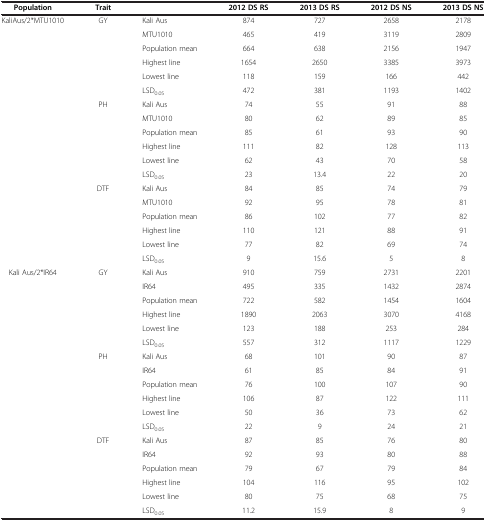
<table><thead><tr><td><b>Population</b></td><td><b>Trait</b></td><td><b> </b></td><td><b>2012 DS RS</b></td><td><b>2013 DS RS</b></td><td><b>2012 DS NS</b></td><td><b>2013 DS NS</b></td></tr></thead><tbody><tr><td>KaliAus/2*MTU1010</td><td>GY</td><td>Kali Aus</td><td>874</td><td>727</td><td>2658</td><td>2178</td></tr><tr><td> </td><td> </td><td>MTU1010</td><td>465</td><td>419</td><td>3119</td><td>2809</td></tr><tr><td> </td><td> </td><td>Population mean</td><td>664</td><td>638</td><td>2156</td><td>1947</td></tr><tr><td> </td><td> </td><td>Highest line</td><td>1654</td><td>2650</td><td>3385</td><td>3973</td></tr><tr><td> </td><td> </td><td>Lowest line</td><td>118</td><td>159</td><td>166</td><td>442</td></tr><tr><td> </td><td> </td><td>LSD<sub>0.05</sub></td><td>472</td><td>381</td><td>1193</td><td>1402</td></tr><tr><td> </td><td>PH</td><td>Kali Aus</td><td>74</td><td>55</td><td>91</td><td>88</td></tr><tr><td> </td><td> </td><td>MTU1010</td><td>80</td><td>62</td><td>89</td><td>85</td></tr><tr><td> </td><td> </td><td>Population mean</td><td>85</td><td>61</td><td>93</td><td>90</td></tr><tr><td> </td><td> </td><td>Highest line</td><td>111</td><td>82</td><td>128</td><td>113</td></tr><tr><td> </td><td> </td><td>Lowest line</td><td>62</td><td>43</td><td>70</td><td>58</td></tr><tr><td> </td><td> </td><td>LSD<sub>0.05</sub></td><td>23</td><td>13.4</td><td>22</td><td>20</td></tr><tr><td> </td><td>DTF</td><td>Kali Aus</td><td>84</td><td>85</td><td>74</td><td>79</td></tr><tr><td> </td><td> </td><td>MTU1010</td><td>92</td><td>95</td><td>78</td><td>81</td></tr><tr><td> </td><td> </td><td>Population mean</td><td>86</td><td>102</td><td>77</td><td>82</td></tr><tr><td> </td><td> </td><td>Highest line</td><td>110</td><td>121</td><td>88</td><td>91</td></tr><tr><td> </td><td> </td><td>Lowest line</td><td>77</td><td>82</td><td>69</td><td>74</td></tr><tr><td> </td><td> </td><td>LSD<sub>0.05</sub></td><td>9</td><td>15.6</td><td>5</td><td>8</td></tr><tr><td>Kali Aus/2*IR64</td><td>GY</td><td>Kali Aus</td><td>910</td><td>759</td><td>2731</td><td>2201</td></tr><tr><td> </td><td> </td><td>IR64</td><td>495</td><td>335</td><td>1432</td><td>2874</td></tr><tr><td> </td><td> </td><td>Population mean</td><td>722</td><td>582</td><td>1454</td><td>1604</td></tr><tr><td> </td><td> </td><td>Highest line</td><td>1890</td><td>2063</td><td>3070</td><td>4168</td></tr><tr><td> </td><td> </td><td>Lowest line</td><td>123</td><td>188</td><td>253</td><td>284</td></tr><tr><td> </td><td> </td><td>LSD<sub>0.05</sub></td><td>557</td><td>312</td><td>1117</td><td>1229</td></tr><tr><td> </td><td>PH</td><td>Kali Aus</td><td>68</td><td>101</td><td>90</td><td>87</td></tr><tr><td> </td><td> </td><td>IR64</td><td>61</td><td>85</td><td>84</td><td>91</td></tr><tr><td> </td><td> </td><td>Population mean</td><td>76</td><td>100</td><td>107</td><td>90</td></tr><tr><td> </td><td> </td><td>Highest line</td><td>106</td><td>87</td><td>122</td><td>111</td></tr><tr><td> </td><td> </td><td>Lowest line</td><td>50</td><td>36</td><td>73</td><td>62</td></tr><tr><td> </td><td> </td><td>LSD<sub>0.05</sub></td><td>22</td><td>9</td><td>24</td><td>21</td></tr><tr><td> </td><td>DTF</td><td>Kali Aus</td><td>87</td><td>85</td><td>76</td><td>80</td></tr><tr><td> </td><td> </td><td>IR64</td><td>92</td><td>93</td><td>80</td><td>88</td></tr><tr><td> </td><td> </td><td>Population mean</td><td>79</td><td>67</td><td>79</td><td>84</td></tr><tr><td> </td><td> </td><td>Highest line</td><td>104</td><td>116</td><td>95</td><td>102</td></tr><tr><td> </td><td> </td><td>Lowest line</td><td>80</td><td>75</td><td>68</td><td>75</td></tr><tr><td> </td><td> </td><td>LSD<sub>0.05</sub></td><td>11.2</td><td>15.9</td><td>8</td><td>9</td></tr></tbody></table>